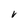
Character: V